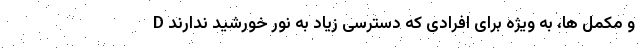
D و مکمل ها، به ویژه برای افرادی که دسترسی زیاد به نور خورشید ندارند